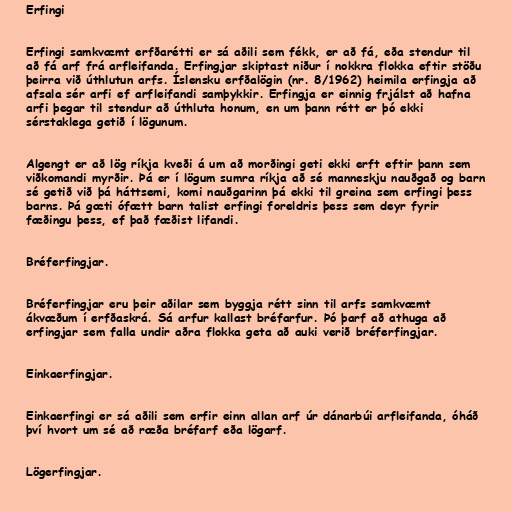
Erfingi

Erfingi samkvæmt erfðarétti er sá aðili sem fékk, er að fá, eða stendur til
að fá arf frá arfleifanda. Erfingjar skiptast niður í nokkra flokka eftir stöðu
þeirra við úthlutun arfs. Íslensku erfðalögin (nr. 8/1962) heimila erfingja að
afsala sér arfi ef arfleifandi samþykkir. Erfingja er einnig frjálst að hafna
arfi þegar til stendur að úthluta honum, en um þann rétt er þó ekki
sérstaklega getið í lögunum.

Algengt er að lög ríkja kveði á um að morðingi geti ekki erft eftir þann sem
viðkomandi myrðir. Þá er í lögum sumra ríkja að sé manneskju nauðgað og barn
sé getið við þá háttsemi, komi nauðgarinn þá ekki til greina sem erfingi þess
barns. Þá gæti ófætt barn talist erfingi foreldris þess sem deyr fyrir
fæðingu þess, ef það fæðist lifandi.

Bréferfingjar.

Bréferfingjar eru þeir aðilar sem byggja rétt sinn til arfs samkvæmt
ákvæðum í erfðaskrá. Sá arfur kallast bréfarfur. Þó þarf að athuga að
erfingjar sem falla undir aðra flokka geta að auki verið bréferfingjar.

Einkaerfingjar.

Einkaerfingi er sá aðili sem erfir einn allan arf úr dánarbúi arfleifanda, óháð
því hvort um sé að ræða bréfarf eða lögarf.

Lögerfingjar.